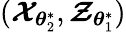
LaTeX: (\boldsymbol{\mathcal{X}}_{\boldsymbol{\theta}_{2}^{\ast}},\boldsymbol{\mathcal{Z}}_{\boldsymbol{\theta}_{1}^{\ast}})